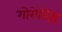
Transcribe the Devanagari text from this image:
गोरोडिश्च